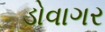
ડોવાગર